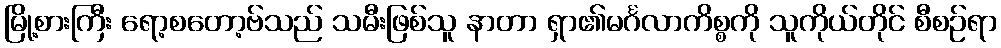
မြို့စားကြီး ရော့စတော့ဗ်သည် သမီးဖြစ်သူ နာတာ ရှာ၏မင်္ဂလာကိစ္စကို သူကိုယ်တိုင် စီစဉ်ရာ